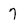
Character: 7